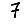
Digit: 7